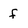
Character: f